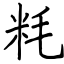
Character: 粍